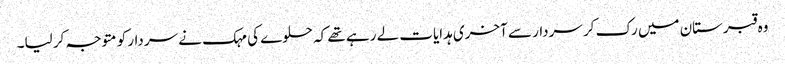
وہ قبرستان میں رک کر سردار سے آخری ہدایات لے رہے تھے کہ حلوے کی مہک نے سردار کو متوجہ کر لیا۔